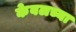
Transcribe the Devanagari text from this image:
केबलच्या